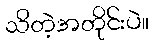
သိတဲ့အတိုင်းပဲ။